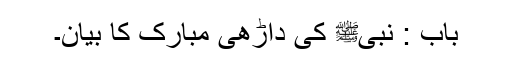
باب : نبیﷺ کی داڑھی مبارک کا بیان۔